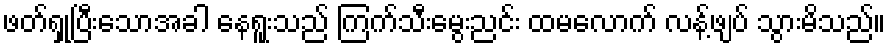
ဖတ်ရှုပြီးသောအခါ နေရူးသည် ကြက်သီးမွေးညင်း ထမလောက် လန့်ဖျပ် သွားမိသည်။